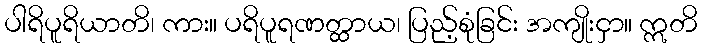
ပါရိပူရိယာတိ၊ ကား။ ပရိပူရဏတ္ထာယ၊ ပြည့်စုံခြင်း အကျိုးငှာ။ ဣတိ